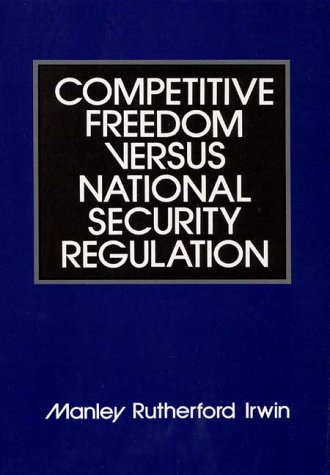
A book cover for Competitive Freedom versus National Security Regulation (African Special Bibliographic); Manley R Irwin; Law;